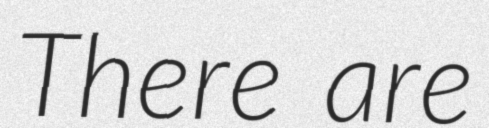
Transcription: There are